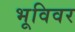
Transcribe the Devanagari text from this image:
भूविवर